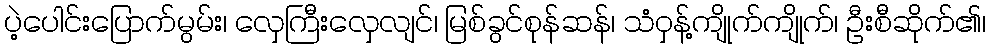
ပဲ့ပေါင်းပြောက်မွမ်း၊ လှေကြီးလှေလျင်၊ မြစ်ခွင်စုန်ဆန်၊ သံဝှန့်ကျိုက်ကျိုက်၊ ဦးစီဆိုက်၏၊